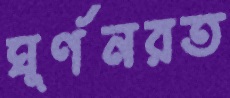
ঘূর্ণনরত